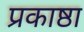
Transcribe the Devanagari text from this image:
प्रकाष्ठा